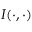
I ( \cdot , \cdot )